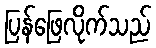
ပြန်ဖြေလိုက်သည်